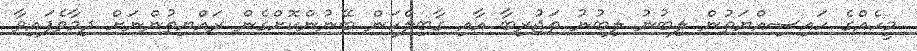
މީހެއްގެ ހައިސިއްޔަތުން ލިބުނު ލިބުނު ތަޖުރިބާ އާއި ގާބިލްކަން ބޭނުންކޮށްގެން ރައްޔިތުންނަށް ދިމާވެފައިވާ